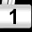
Digit: 1